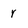
Character: Y